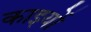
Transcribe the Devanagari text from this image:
काइयों